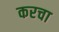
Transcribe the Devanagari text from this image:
करचा